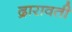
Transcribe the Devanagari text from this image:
द्रारावती